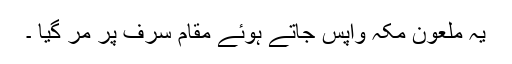
یہ ملعون مکہ واپس جاتے ہوئے مقام سرف پر مر گیا ۔